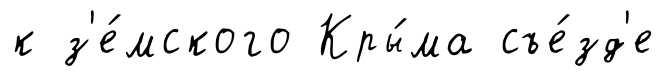
к з'е́мского Кры́ма съе́зд'е